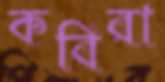
কবিরা